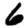
Digit: 6